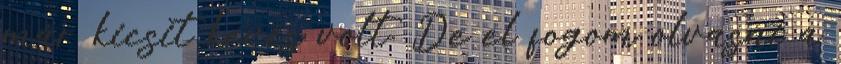
már kicsit kevés volt. De el fogom olvasni a